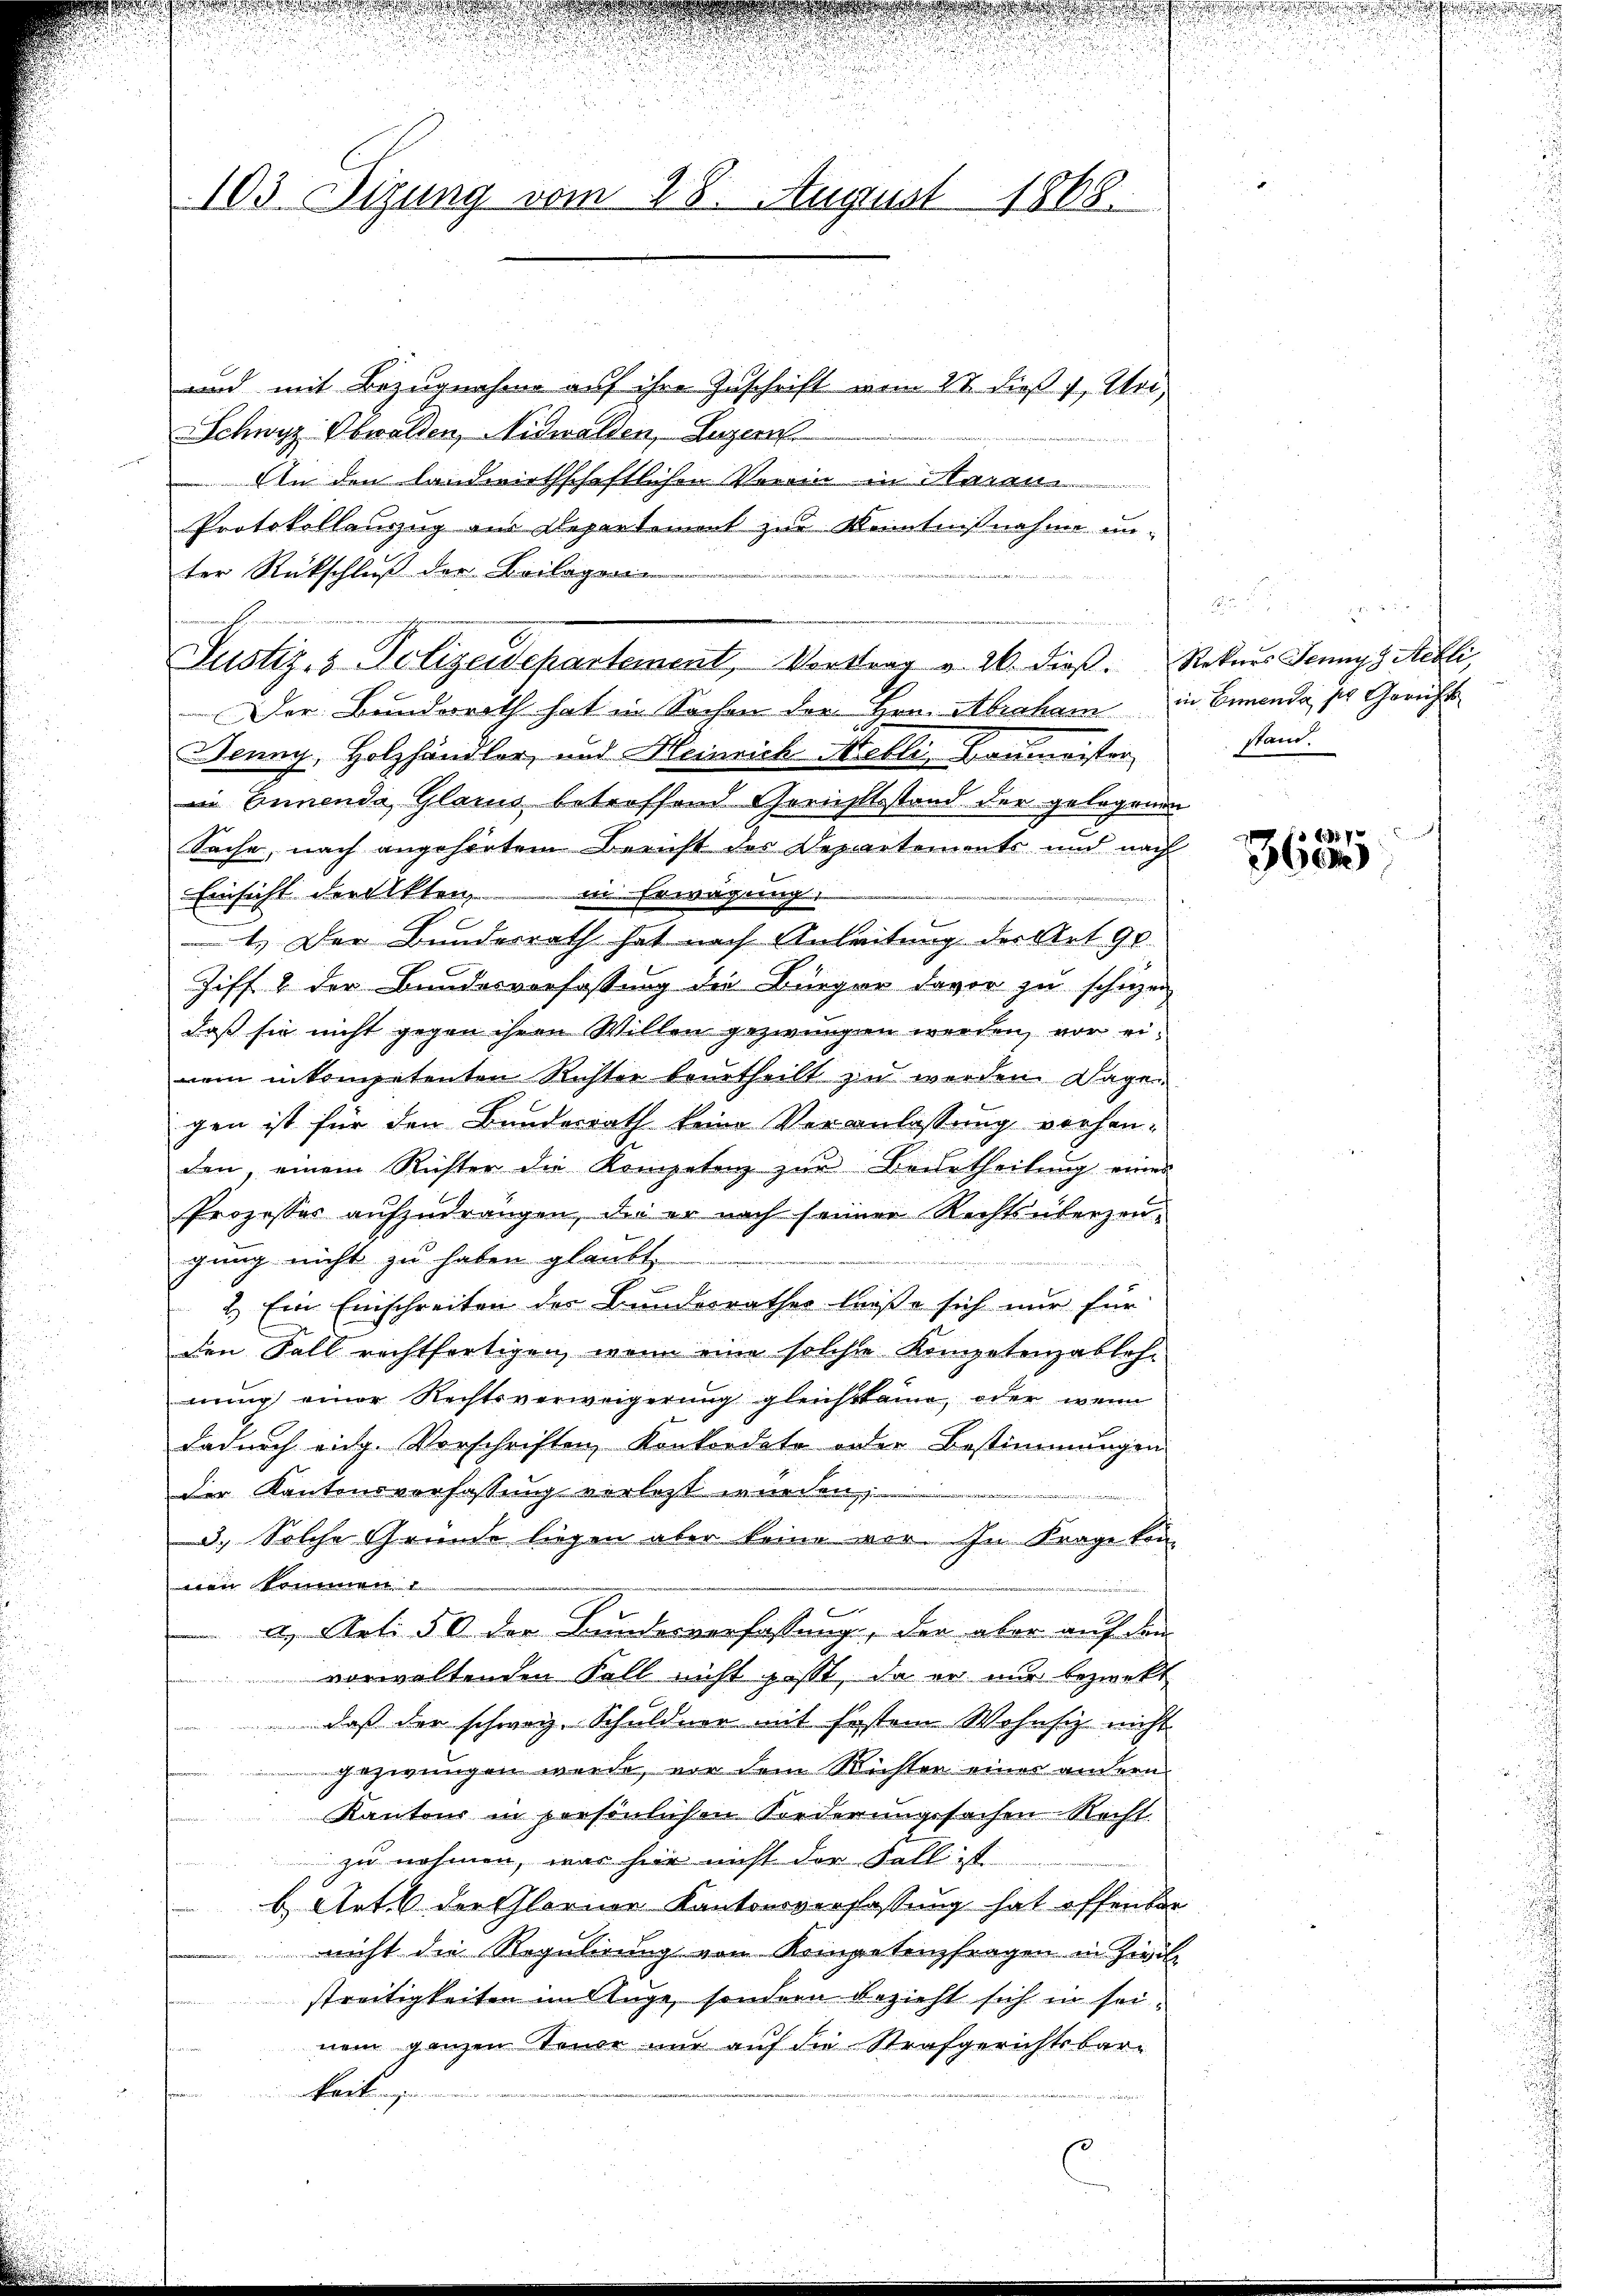
103 Sitzung vom 28. August 1868.

und mit Bezugnahme auf ihre Zuschrift vom 28 dieß 1, Uri,
Schwyz, Obwalden, Nidwalden, Luzern
An den landwirthschaftlichen Verein in Harann
Protokollanzzug aus Departement zur Kenntnißnahme un-
ter Rückschluß der Beilagen

Der Bunderath hat in Sachen der Hrn. Abraham in Benende ser Gerichts
Jenny, Holzhändler, und Heinrich-Melli, Baumeister,
in Ennende Glarus betreffend Gerichtsstand der gelegenen
ge
Sache, nach angehörtem Bericht des Departements und nach
Einsicht der Akten, in Erwägung:
1.) Der Bundesrath hat nach Anleitung der Art 90
Ziff. 2 der Bundesverfassung die Bürger davor zu schien
daß sie nicht gegen ihren Willen gezwungen werden, vor einem inkompetenten Richter beurtheilt zu werden. Dagegen ist für den Bundesrath keine Veranlassung vorhanden, einem Richter die Kompeten zur Beurtheilung einer
Prozesses aufzudrängen, die er nach seiner Rechtsüberzeugung nicht zu haben glaubt,
n
2.) Ein Einschreiten der Bunderrathes ließe sich nur für
den Sall rechtfertigen, wenn eine solche Kompotenzableh-
nung einer Rechtsverweigerung gleichstame, oder wenn
dadurch eidg. Vorschriften Konkordate oder Bestimmungen
der Kantonsverfassung verletzt wurden,
3.) Solche Gründe liegen aber keine vor. In Frage kon-
in kommen
c
2. Art. 50 der Bundesverfassung, der aber auf die
vorwaltenden Fall nicht passt, da er nur bezwekt
daß der schwarz, Schuldner mit Erstem Wohnsiz nicht
gezwungen werde, vor dem Richten einer andern
Kantons in persönlichen Forderungssachen Recht.
zu nehmen, war hier nicht der Fall ist
bätet der Glarner Kantonsverfassung hat offender
nicht die Regulirung vom Kompetenzfragen in Zivil
streitigkeiten im Auge, sondern bezieht sich in seinem ganzen Steuer nur auf die Strafgerichtsbar-
keit

Samenten seinstimmun

e
Justiz- & Polizeidepartement, Vortrag v. 26. dieβ. Rekurs Jennys Aebli,

stand.

F. Bd. V
3ben

s